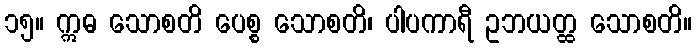
၁၅။ ဣဓ သောစတိ ပေစ္စ သောစတိ၊ ပါပကာရီ ဥဘယတ္ထ သောစတိ။